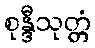
စုန္ဒီသုတ္တံ